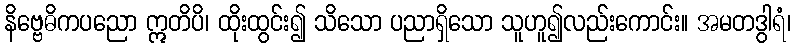
နိဗ္ဗေဓိကပညော ဣတိပိ၊ ထိုးထွင်း၍ သိသော ပညာရှိသော သူဟူ၍လည်းကောင်း။ အမတဒွါရံ၊